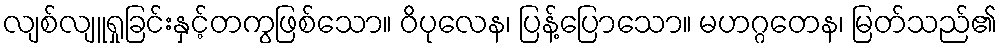
လျစ်လျူရှုခြင်းနှင့်တကွဖြစ်သော။ ဝိပုလေန၊ ပြန့်ပြောသော။ မဟဂ္ဂတေန၊ မြတ်သည်၏